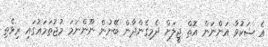
އެ ޝަކުވާ އަންނަން އޮތް ޖީލަށް ދެމިގެންދާން ބޭނުން ނޫންނަމަ މުޖުތަމަޢުގައި ރިވެތި